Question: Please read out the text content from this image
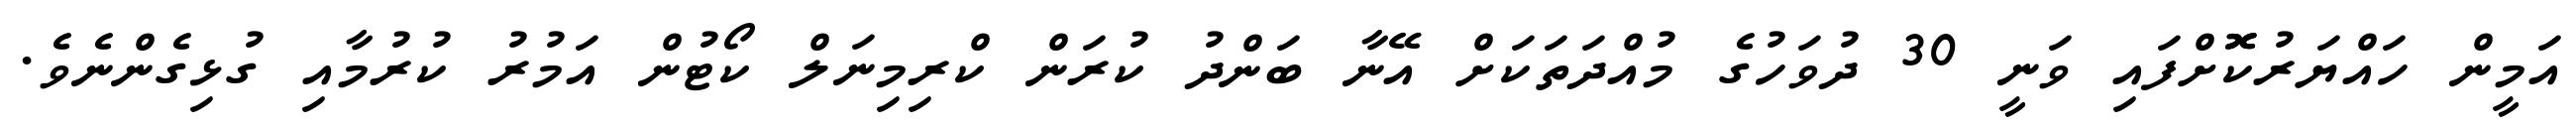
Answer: އަމީން ހައްޔަރުކޮޮށްފައި ވަނީ 30 ދުވަހުގެ މުއްދަތަކަށް އޭނާ ބަންދު ކުރަން ކްރިމިނަލް ކޯޓުން އަމުރު ކުރުމާއި ގުޅިގެންނެވެ.